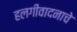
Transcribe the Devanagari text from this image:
हलगीवादनाचे